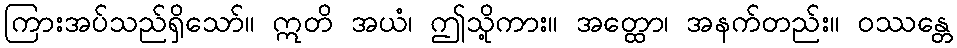
ကြားအပ်သည်ရှိသော်။ ဣတိ အယံ၊ ဤသို့ကား။ အတ္ထော၊ အနက်တည်း။ ဝဿန္တေ